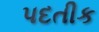
પદતીક